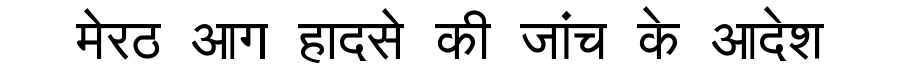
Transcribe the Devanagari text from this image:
मेरठ आग हादसे की जांच के आदेश